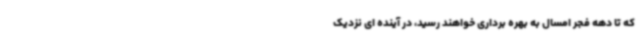
که تا دهه فجر امسال به بهره برداری خواهند رسید، در آینده ای نزدیک